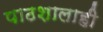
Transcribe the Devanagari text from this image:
पाठशालाही